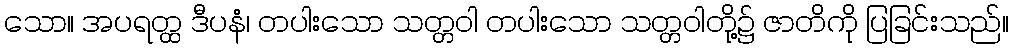
သော။ အပရတ္ထ ဒီပနံ၊ တပါးသော သတ္တဝါ တပါးသော သတ္တဝါတို့၌ ဇာတိကို ပြခြင်းသည်။